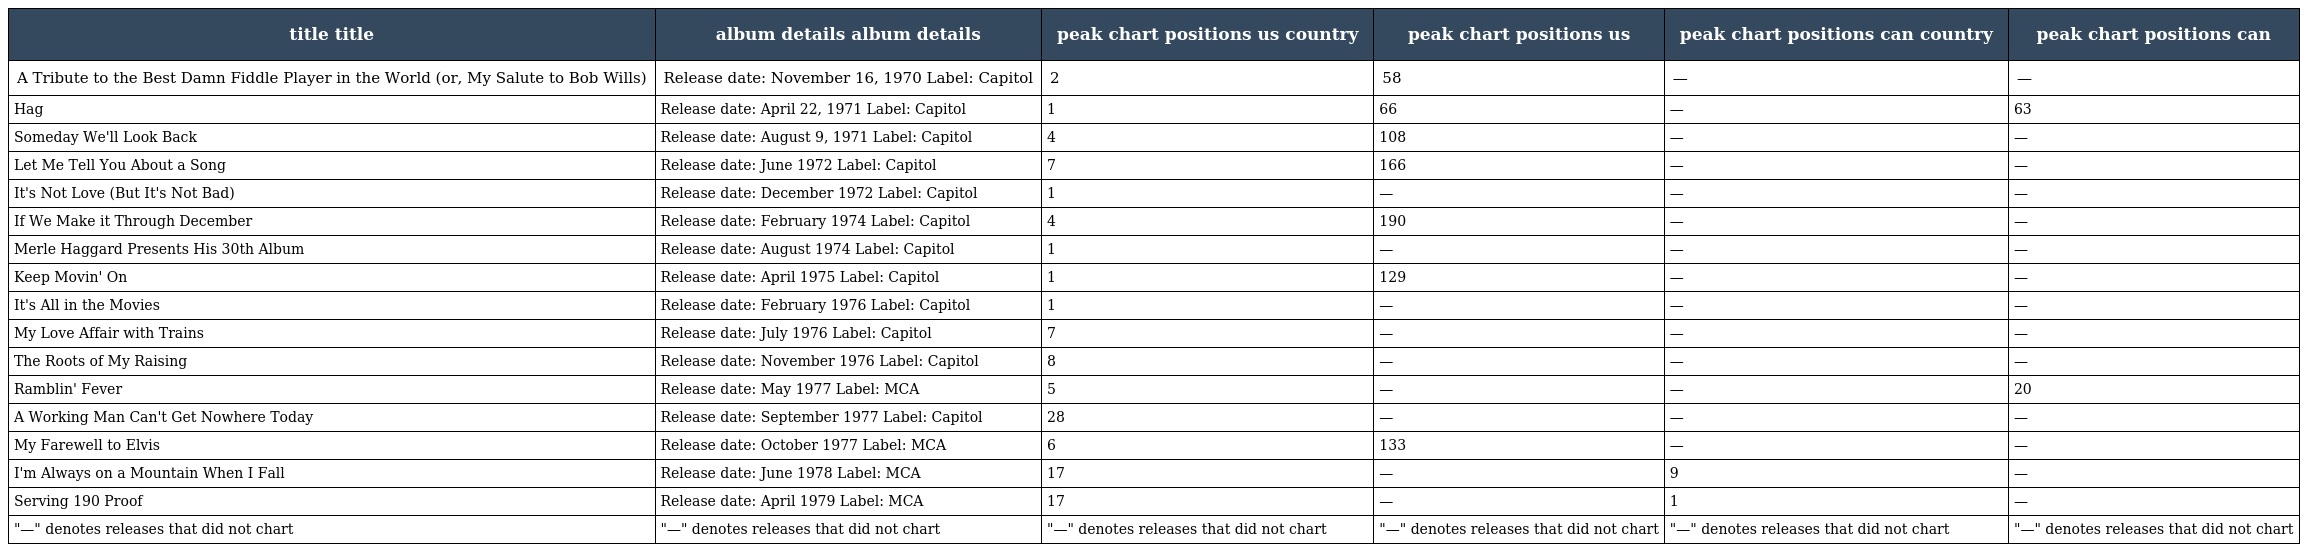
| title title | album details album details | peak chart positions us country | peak chart positions us | peak chart positions can country | peak chart positions can |
 | --- | --- | --- | --- | --- | --- |
 | A Tribute to the Best Damn Fiddle Player in the World (or, My Salute to Bob Wills) | Release date: November 16, 1970 Label: Capitol | 2 | 58 | — | — |
 | Hag | Release date: April 22, 1971 Label: Capitol | 1 | 66 | — | 63 |
 | Someday We'll Look Back | Release date: August 9, 1971 Label: Capitol | 4 | 108 | — | — |
 | Let Me Tell You About a Song | Release date: June 1972 Label: Capitol | 7 | 166 | — | — |
 | It's Not Love (But It's Not Bad) | Release date: December 1972 Label: Capitol | 1 | — | — | — |
 | If We Make it Through December | Release date: February 1974 Label: Capitol | 4 | 190 | — | — |
 | Merle Haggard Presents His 30th Album | Release date: August 1974 Label: Capitol | 1 | — | — | — |
 | Keep Movin' On | Release date: April 1975 Label: Capitol | 1 | 129 | — | — |
 | It's All in the Movies | Release date: February 1976 Label: Capitol | 1 | — | — | — |
 | My Love Affair with Trains | Release date: July 1976 Label: Capitol | 7 | — | — | — |
 | The Roots of My Raising | Release date: November 1976 Label: Capitol | 8 | — | — | — |
 | Ramblin' Fever | Release date: May 1977 Label: MCA | 5 | — | — | 20 |
 | A Working Man Can't Get Nowhere Today | Release date: September 1977 Label: Capitol | 28 | — | — | — |
 | My Farewell to Elvis | Release date: October 1977 Label: MCA | 6 | 133 | — | — |
 | I'm Always on a Mountain When I Fall | Release date: June 1978 Label: MCA | 17 | — | 9 | — |
 | Serving 190 Proof | Release date: April 1979 Label: MCA | 17 | — | 1 | — |
 | "—" denotes releases that did not chart | "—" denotes releases that did not chart | "—" denotes releases that did not chart | "—" denotes releases that did not chart | "—" denotes releases that did not chart | "—" denotes releases that did not chart |